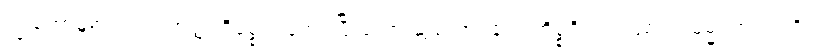
ကြွတော်မူ၍။ ကတဘတ္တကိစ္စော၊ ပြုအပ်ပြီးသော ဆွမ်းစားခြင်း ကိစ္စရှိသည်ဖြစ်၍။ ဓမ္မံ၊ တရားကို။